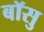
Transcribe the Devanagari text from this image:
बॉसु